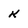
Character: k